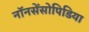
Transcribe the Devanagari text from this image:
नॉनसेंसोपिडिया